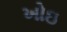
ખોઇ